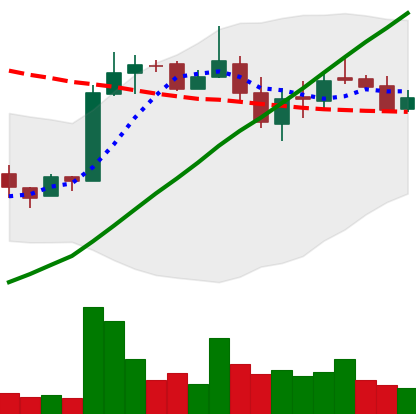
Ticker: LTC-USD
Chart end date: 2018-03-01
Forward return: -6.269%
Label: down_5_7